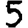
Digit: 5